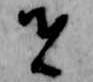
者